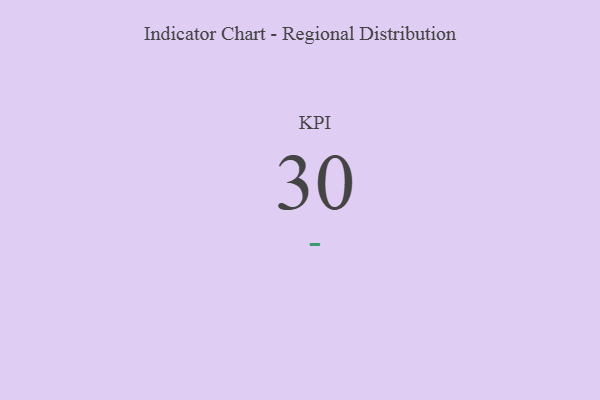
{"axis": {"x": "KPI", "y": "Value"}, "legend": [""], "data": [{"x": "KPI", "y": 30, "type": ""}]}